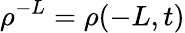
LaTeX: \rho^{-L}=\rho(-L,t)